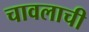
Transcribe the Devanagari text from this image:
चावलाची